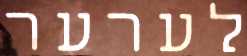
לערער